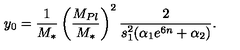
y _ { 0 } = { \frac { 1 } { M _ { * } } } \left( \frac { M _ { P l } } { M _ { * } } \right) ^ { 2 } { \frac { 2 } { s _ { 1 } ^ { 2 } ( \alpha _ { 1 } e ^ { 6 n } + \alpha _ { 2 } ) } } .